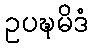
ဥပဍ္ဎမိဒံ